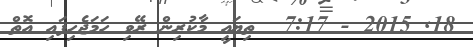
18